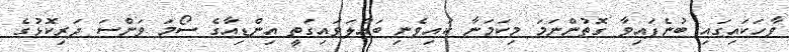
ވާހަކައިގައި ބުނެފައިވާ ގޮތުންނަމަ މިކަމަނާ ކައިވެނި ބައްލަވައިގަތީ އިންޑިއާގެ ސޯމަ ވަންސަ ދަރިކޮޅުގެ